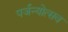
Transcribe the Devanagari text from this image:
पर्जन्योत्सव